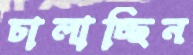
চালাচ্ছিন